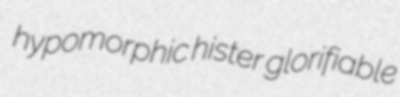
hypomorphic hister glorifiable